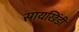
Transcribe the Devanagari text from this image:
सायखिंडी